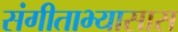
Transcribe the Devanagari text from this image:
संगीताभ्यासास